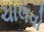
ચાલવો